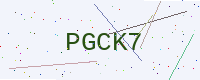
Text: PGCK7